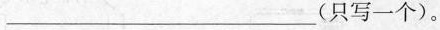
___(只写一个)。